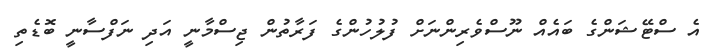
އެ ސްޓޭޝަންގެ ބައެއް ނޫސްވެރިންނަށް ފުލުހުންގެ ފަރާތުން ޖިސްމާނީ އަދި ނަފްސާނީ ބޮޑެތި